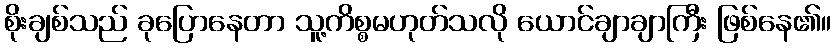
စိုးချစ်သည် ခုပြောနေတာ သူ့ကိစ္စမဟုတ်သလို ယောင်ချာချာကြီး ဖြစ်နေ၏။